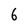
Character: 6